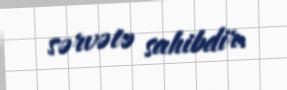
sərvətə sahibdir.